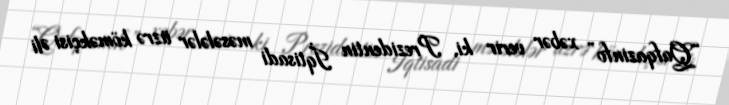
“Qafqazinfo” xəbər verir ki, Prezidentin İqtisadi məsələlər üzrə köməkçisi Əli